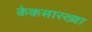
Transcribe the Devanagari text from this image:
केकसारख्या